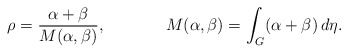
\begin{align*}\rho=\dfrac{\alpha+\beta}{M(\alpha,\beta)}, \ \ \ \ \ \ \ \ \ \ \ M(\alpha,\beta)=\int_G (\alpha+\beta) \,d\eta.\end{align*}